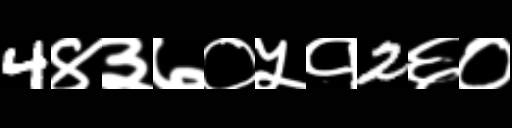
Text: 4४३७०५१2६०